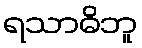
ရသာဓိဘူ